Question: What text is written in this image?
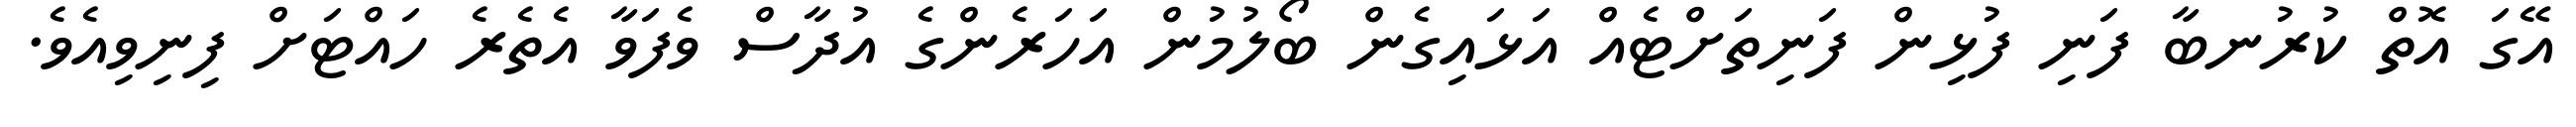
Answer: އޭގަ އޮތް ކުރުނބާ ފަނި ފުޅިން ފަނިތަށްޓެއް އަޅައިގެން ބޯލުމުން އަހަރެންގެ އުދާސް ވެފަވާ އެތެރެ ހައްޓަށް ފިނިވިއެވެ.